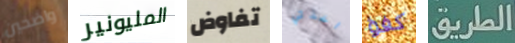
واضحين المليونير تفاوض اخذتي كفؤ الطريق